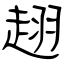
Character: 趐